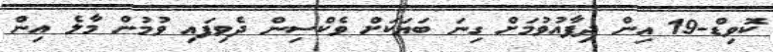
ކޮވިޑް-19 އިން ދިފާއުވުމަށް ގިނަ ބަޔަކަށް ވެކްސިން ދެވިފައި ވުމުން މާލެ އިން